Leaving Certificate Examination, 1920
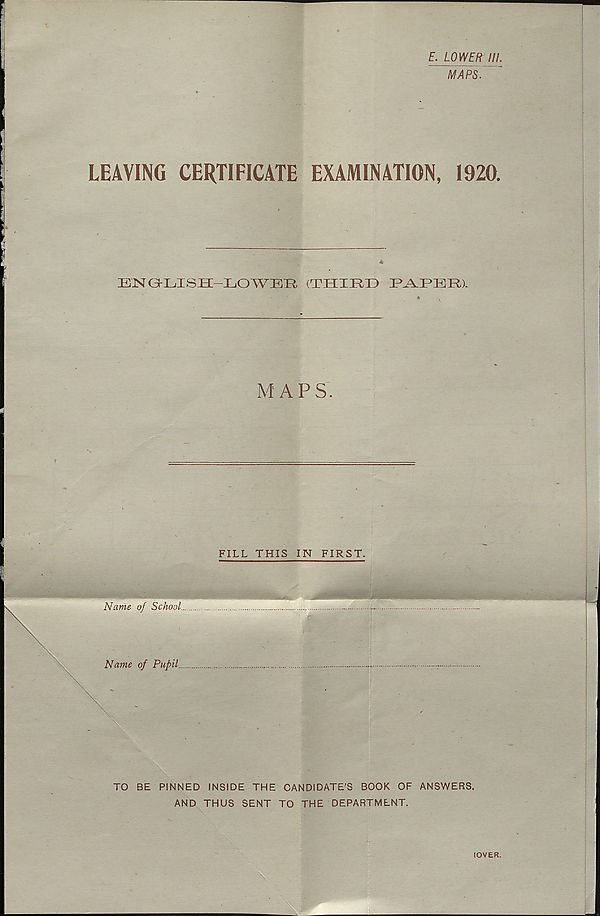
E. LOWER III.
MAPS. ~
LEAVING CERTIFICATE EXAMINATION,
1920.
ENGLISH-LOWER, (THIRD EjkEER).
MAPS.
FILL THIS IN FIRST.
Name of School...
Name of Pupil.
TO BE PINNED INSIDE THE CANDIDATE’S BOOK OF ANSWERS.
AND THUS SENT TO THE DEPARTMENT.
[OVER.